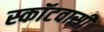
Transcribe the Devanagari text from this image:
स्कॉटवासी